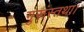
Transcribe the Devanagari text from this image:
गुरूंस्तथा।